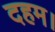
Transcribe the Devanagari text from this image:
दहम।